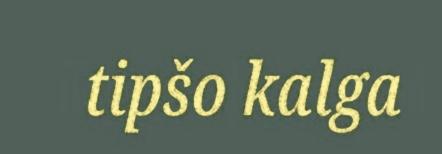
tipšo kalga